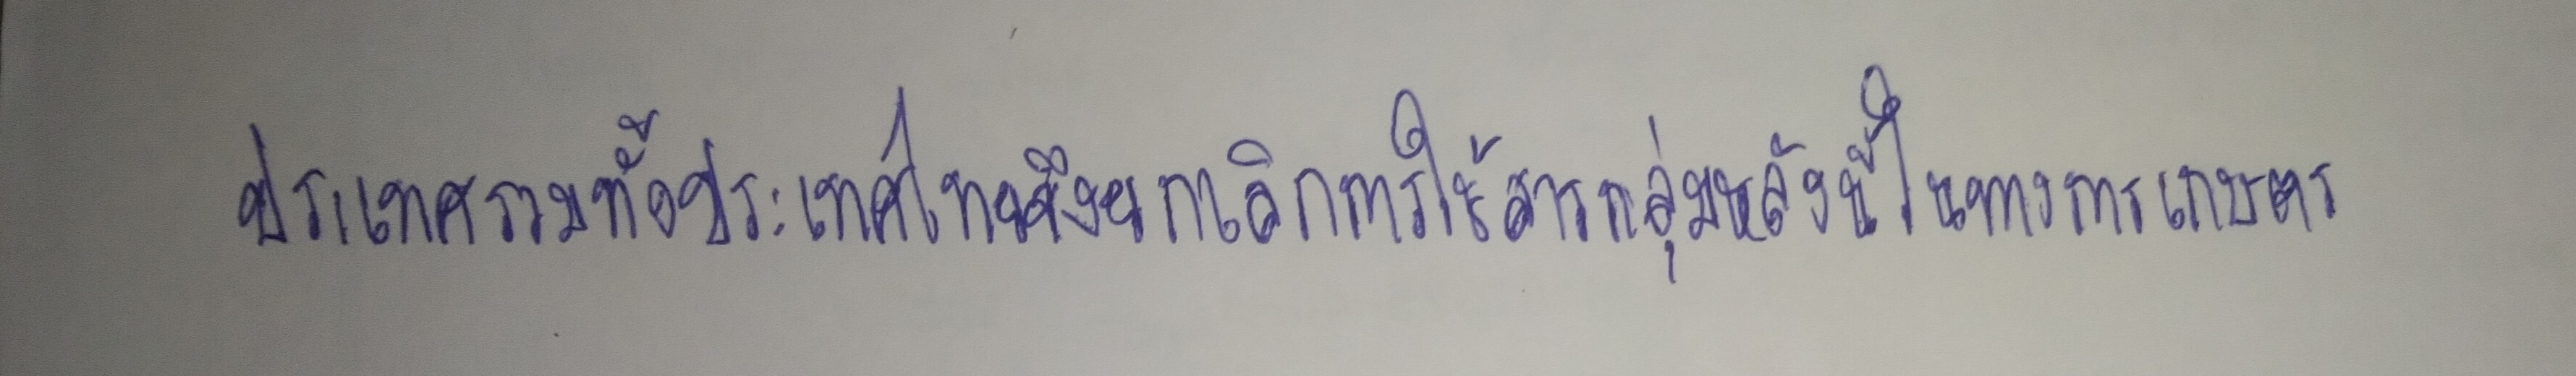
ประเทศรวมทั้งประเทศไทยจึงยกเลิกการใช้สารกลุ่มหลังนี้ในทางการเกษตร